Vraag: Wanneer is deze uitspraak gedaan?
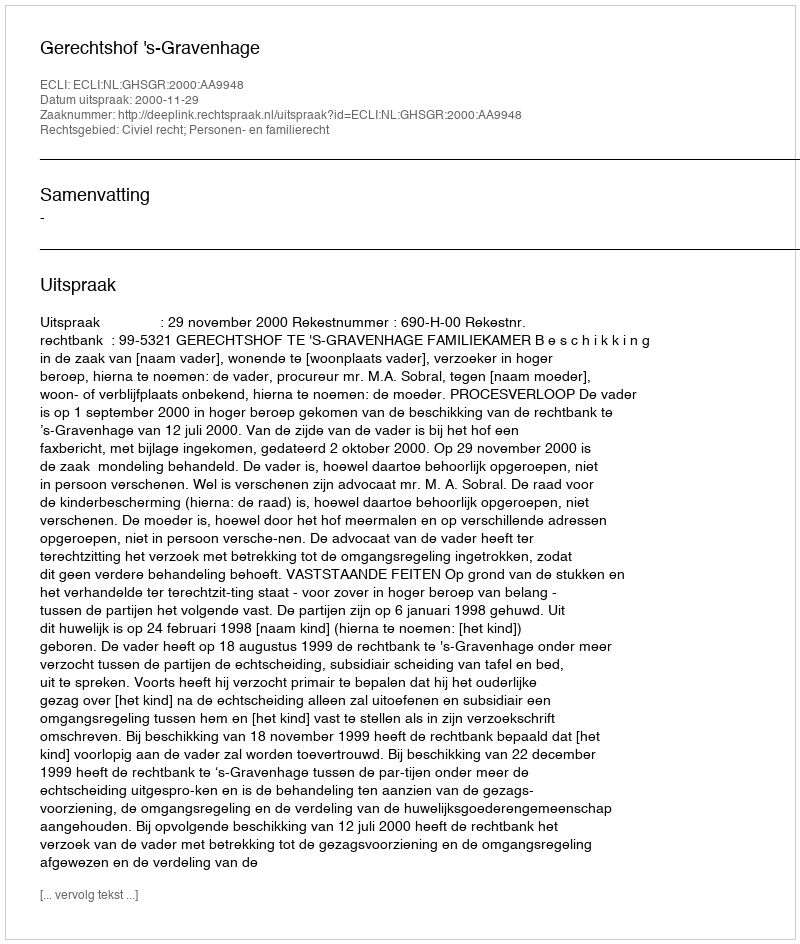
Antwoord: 2000-11-29